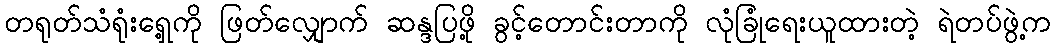
တရုတ်သံရုံးရှေ့ကို ဖြတ်လျှောက် ဆန္ဒပြဖို့ ခွင့်တောင်းတာကို လုံခြုံရေးယူထားတဲ့ ရဲတပ်ဖွဲ့က